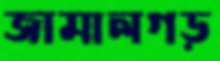
জামালগড়